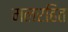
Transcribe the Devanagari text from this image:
मलरहित